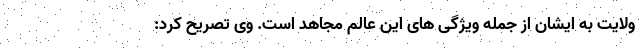
ولایت به ایشان از جمله ویژگی های این عالم مجاهد است. وی تصریح کرد: